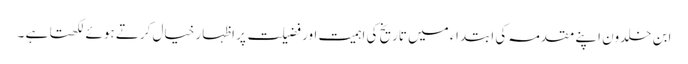
ابن خلدون اپنے مقدمہ کی ابتداء میں تاریخ کی اہمیت اور فضیلت پر اظہار خیال کرتے ہوئے لکھتا ہے ۔